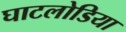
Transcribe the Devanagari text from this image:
घाटलोडिया